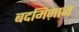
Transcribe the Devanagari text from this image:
बदमिज़ाज